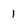
Character: 1